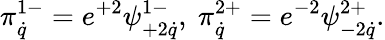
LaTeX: \pi_{\dot{q}}^{1-}=e^{+2}\psi_{+2\dot{q}}^{1-},\ \pi_{\dot{q}}^{2+}=e^{-2}\psi_{-2\dot{q}}^{2+}.